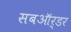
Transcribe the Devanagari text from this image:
सबऑर्डर